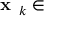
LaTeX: { \textbf { x } } _ { k } \in